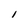
Character: I